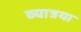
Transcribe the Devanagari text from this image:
व्यात्रया